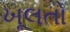
ખૂલતો